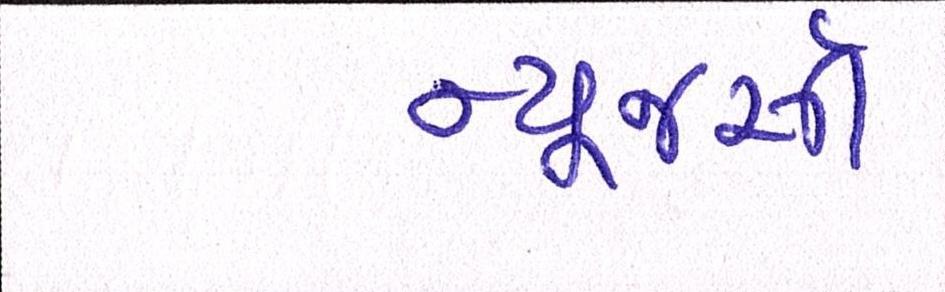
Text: ન્યૂજર્સી